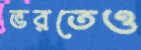
ভরতেও